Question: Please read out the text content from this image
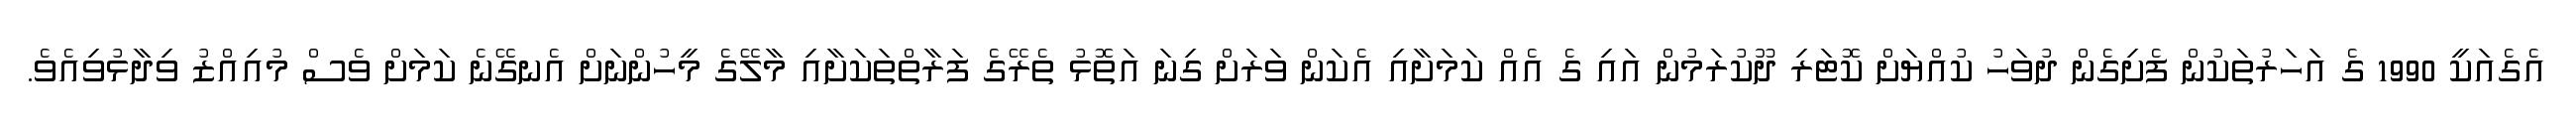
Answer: އެގެއަކީ 1990 ގެ އަހަރުތަކުން ފެށިގެން ދުވަހު ކުއްޔަށް ކޮޓަރި ދޫކުރަމުން އައި ގެ އެއް ކަމަށާއި އެކަން ވަރަށް ގިނަ އަތޮޅު ތެރޭގެ ފަރާތްތަކަށާއި މާލޭގެ މީހުންނަށް އެނގޭނެ ކަމަށް ވެސް މުއިއްޒު ވިދާޅުވިއެވެ.